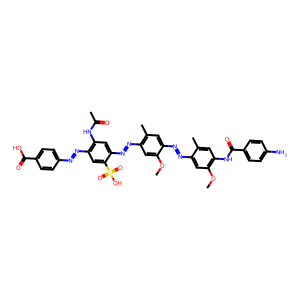
SMILES: COc1cc(N=Nc2cc(NC(C)=O)c(N=Nc3ccc(C(=O)O)cc3)cc2S(=O)(=O)O)c(C)cc1N=Nc1cc(OC)c(NC(=O)c2ccc(N)cc2)cc1C
Inhibits HIV replication: Yes